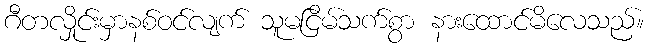
ဂီတလှိုင်းမှာနစ်ဝင်လျက် သူမငြိမ်သက်စွာ နားထောင်မိလေသည်။